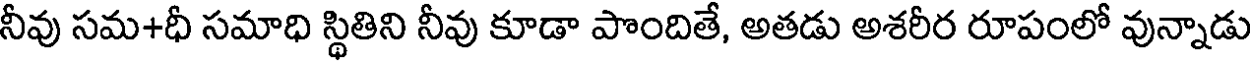
నీవు సమ+ధీ సమాధి స్థితిని నీవు కూడా పొందితే, అతడు అశరీర రూపంలో వున్నాడు